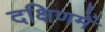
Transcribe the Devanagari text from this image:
दक्षिणमें